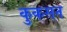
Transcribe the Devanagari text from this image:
कुकसन